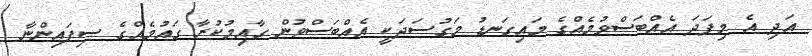
އަދި އެ މިފަދަ އެއްބަސްވުމެއްގެ މައިގަނޑު މަގުސަދަކީ އެއްބަސްވުން ގާއިމުކުރާ ގައުމެއްގެ ސިފައިންނާ